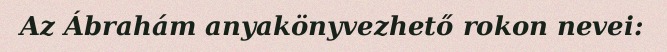
Az Ábrahám anyakönyvezhető rokon nevei: